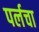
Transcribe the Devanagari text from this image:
पर्लचा